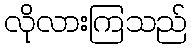
လိုလားကြသည်